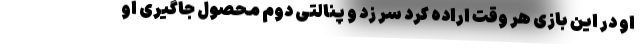
او در این بازی هر وقت اراده کرد سر زد و پنالتی دوم محصول جاگیری او